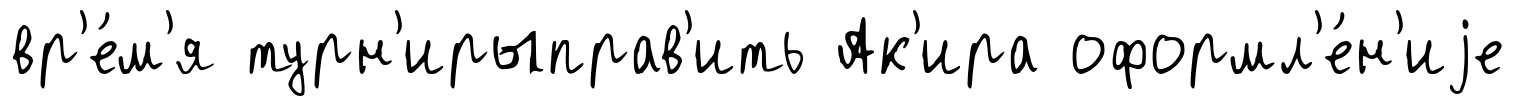
вр'е́м'я турн'ирыправ'ить Ак'ира оформл'е́н'иjе